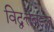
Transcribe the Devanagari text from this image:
विद्वत्तेबद्दल